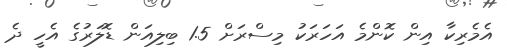
އެމެރިކާ އިން ކޮންމެ އަހަރަކު މިސްރަށް 1.5 ބިލިއަން ޑޮލަރުގެ އެހީ ދެ